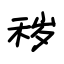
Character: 秽